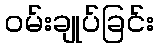
ဝမ်းချုပ်ခြင်း